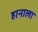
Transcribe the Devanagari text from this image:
हानाला